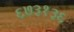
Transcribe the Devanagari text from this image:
६७३१३६